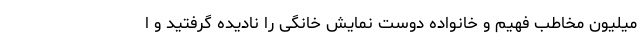
میلیون مخاطب فهیم و خانواده دوست نمایش خانگی را نادیده گرفتید و ا